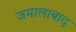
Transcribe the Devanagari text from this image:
जमालाबाद